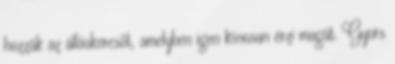
hozzák az álláskeresőt, amelyben igen kínosan érzi magát. Gyors